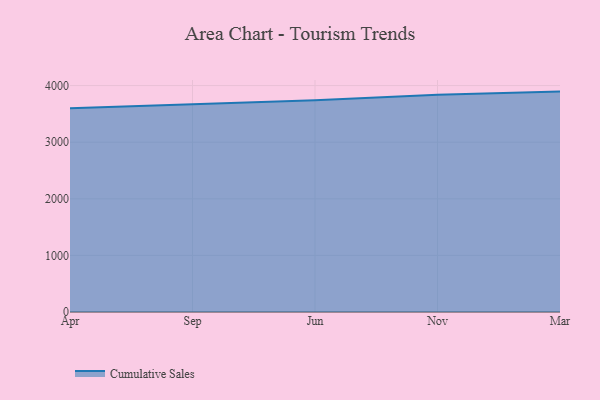
{"axis": {"x": "Month", "y": "Operating Costs (USD K)"}, "legend": ["Cumulative Sales"], "data": [{"x": "Apr", "y": 3601.1, "type": "Cumulative Sales"}, {"x": "Sep", "y": 3671.9, "type": "Cumulative Sales"}, {"x": "Jun", "y": 3742.9, "type": "Cumulative Sales"}, {"x": "Nov", "y": 3839.3, "type": "Cumulative Sales"}, {"x": "Mar", "y": 3893.7, "type": "Cumulative Sales"}]}